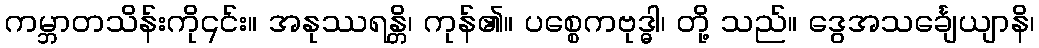
ကမ္ဘာတသိန်းကို၎င်း။ အနုဿရန္တိ၊ ကုန်၏။ ပစ္စေကဗုဒ္ဓါ၊ တို့ သည်။ ဒွေအသင်္ချေယျာနိ၊